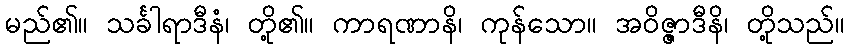
မည်၏။ သင်္ခါရာဒီနံ၊ တို့၏။ ကာရဏာနိ၊ ကုန်သော။ အဝိဇ္ဇာဒီနိ၊ တို့သည်။